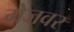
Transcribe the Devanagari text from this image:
मेजवर